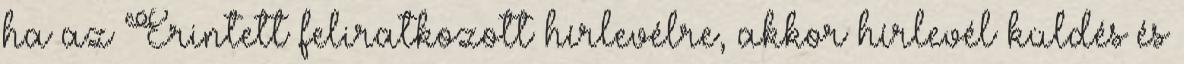
ha az Érintett feliratkozott hírlevélre, akkor hírlevél küldés és